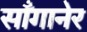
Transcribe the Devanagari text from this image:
साँगानेर